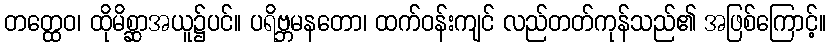
တတ္ထေဝ၊ ထိုမိစ္ဆာအယူ၌ပင်။ ပရိဗ္ဘမနတော၊ ထက်ဝန်းကျင် လည်တတ်ကုန်သည်၏ အဖြစ်ကြောင့်။